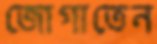
জোগাতেন